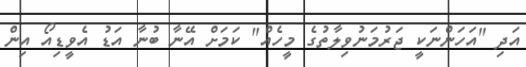
އަދި "އަހަންނަކީ ޖަރުމަނުވިލާތުގެ މީހެއް" ކަމަށް އޭނާ ބުނާ އަޑު އެވީޑިއޯ އިން